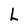
Character: L